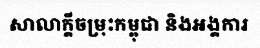
សាលាក្តីចម្រុះកម្ពុជា និងអង្គការ